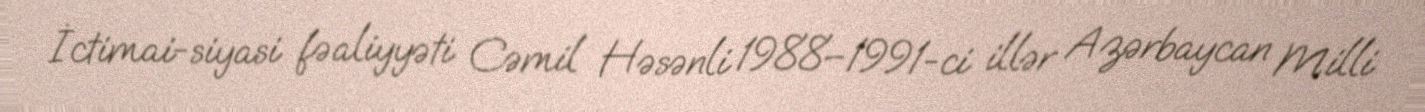
İctimai-siyasi fəaliyyəti Cəmil Həsənli 1988–1991-ci illər Azərbaycan Milli